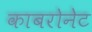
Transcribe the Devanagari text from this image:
काबरोनेट